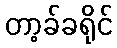
တာ့ခ်ခရိုင်